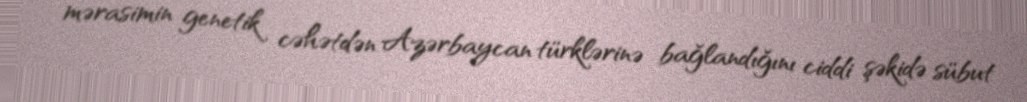
mərasimin genetik cəhətdən Azərbaycan türklərinə bağlandığını ciddi şəkidə sübut